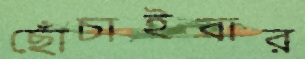
ছোঁচাইবার